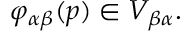
\varphi _ { \alpha \beta } ( p ) \in V _ { \beta \alpha } .